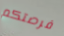
فرصتكم